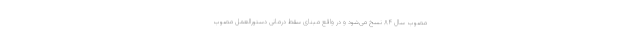
مصوب سال ۸۴ نسخ می‌شود و در واقع مبنای سقط درمانی دستورالعمل مصوب